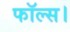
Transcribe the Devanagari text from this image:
फॉल्स।